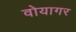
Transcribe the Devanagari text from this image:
वोयागर